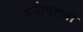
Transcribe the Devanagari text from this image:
मनोगतची